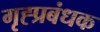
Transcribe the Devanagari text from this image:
गृह्प्रबंधक